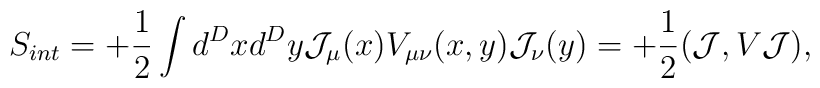
S_{int}=+{1\over 2}\int d^D x d^D y {\cal J}_\mu(x)  {V}_{\mu\nu}(x,y){\cal J}_\nu(y)  =+{1\over 2}({\cal J},V{\cal J}),